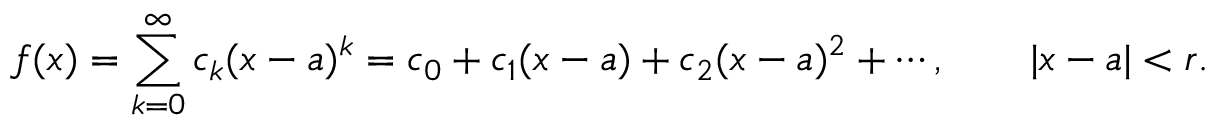
f ( x ) = \sum _ { k = 0 } ^ { \infty } c _ { k } ( x - a ) ^ { k } = c _ { 0 } + c _ { 1 } ( x - a ) + c _ { 2 } ( x - a ) ^ { 2 } + \cdots , \qquad | x - a | < r .